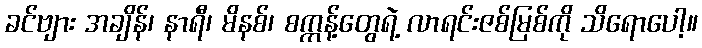
ခင်ဗျား အချိန်၊ နာရီ၊ မိနစ်၊ စက္ကန့်တွေရဲ့ လာရင်းဇစ်မြစ်ကို သိရောပေါ့။